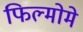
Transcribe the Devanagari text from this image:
फिल्मोमे